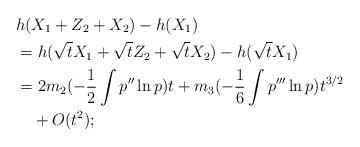
LaTeX: \begin{align*}&h(X_1+Z_2+X_2)-h(X_1)\\&=h(\sqrt{t}X_1+\sqrt{t}Z_2+\sqrt{t}X_2)-h(\sqrt{t}X_1)\\&=2m_2(-\frac1{2}\int p''\ln p)t+m_3(-\frac1{6}\int p'''\ln p)t^{3/2}\\&\quad+O(t^2);\end{align*}